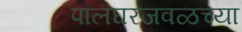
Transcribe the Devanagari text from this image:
पालघरजवळच्या